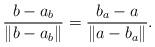
LaTeX: \begin{align*}\frac{b-a_b} {\|b-a_b\|}= \frac{b_a-a} {\|a-b_a\|}.\end{align*}